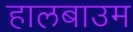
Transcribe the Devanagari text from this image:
हालबाउम